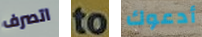
اتصرف to أدعوك